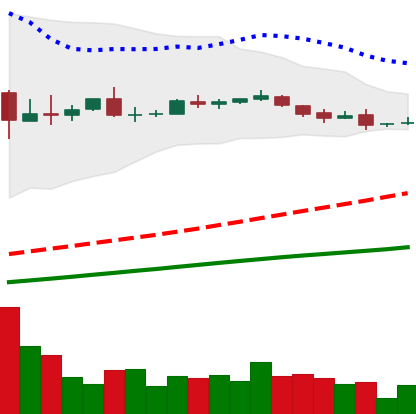
Ticker: DOGE-USD
Chart end date: 2018-10-08
Forward return: -7.099%
Label: down_7plus